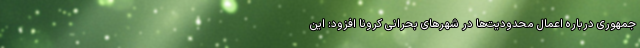
جمهوری درباره اعمال محدودیت‌ها در شهرهای بحرانی کرونا افزود: این